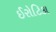
ઈરોટિકા